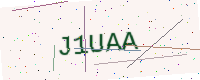
Text: J1UAA